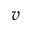
v